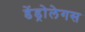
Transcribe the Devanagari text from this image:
डेंड्रोलेगस